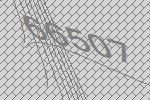
66507